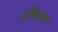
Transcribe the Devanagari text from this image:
शक्तिमतां